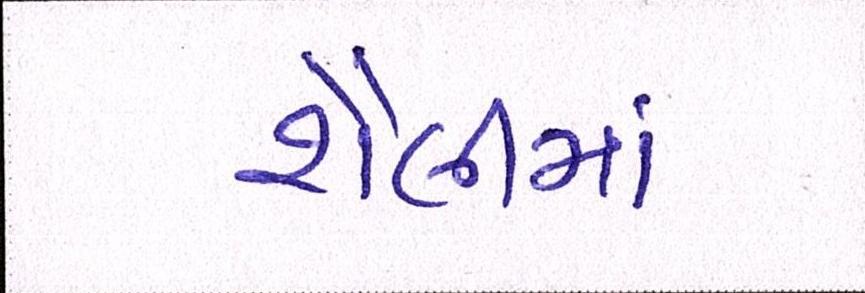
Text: શૈલીમાં